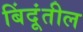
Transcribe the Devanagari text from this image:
बिंदूंतील